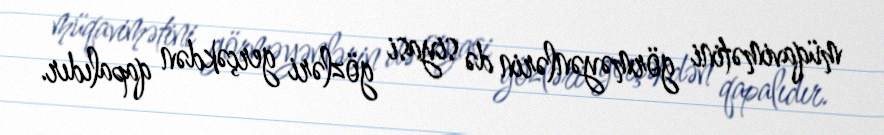
müqavimətini görməyənlərin də siyasi gözləri gerçəkdən qapalıdır.